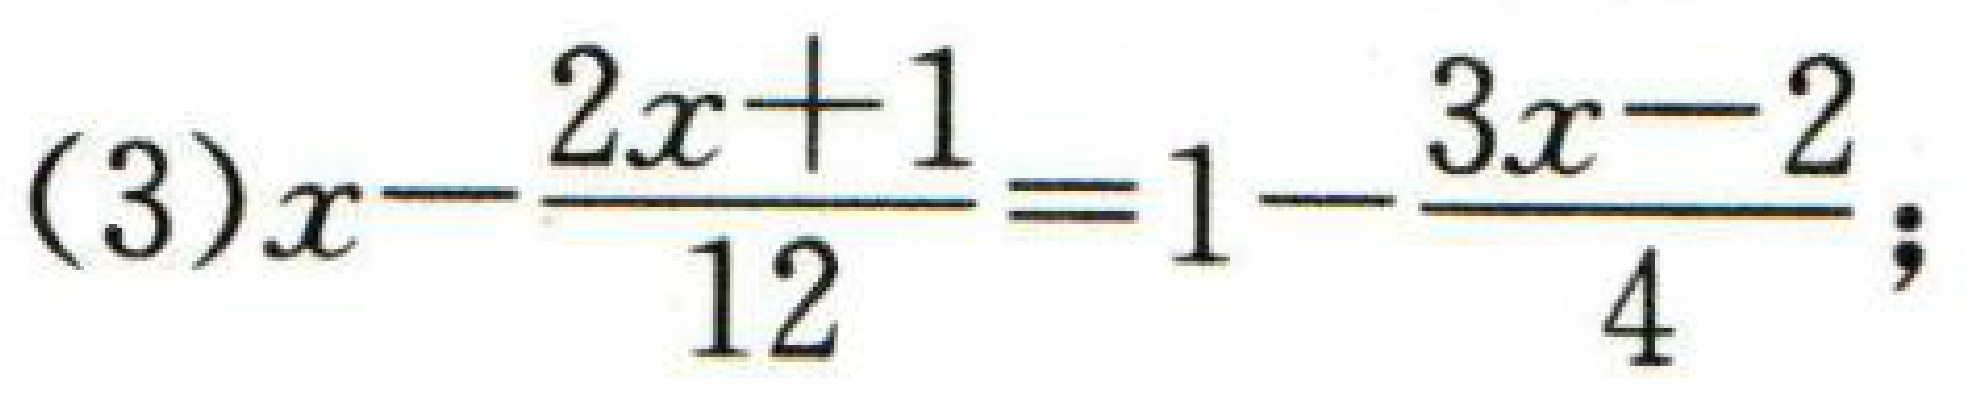
(3)$x - \frac{2x + 1}{12} = 1 - \frac{3x - 2}{4}$;